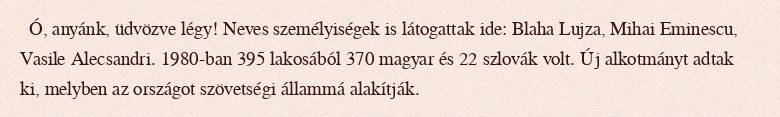
Ó, anyánk, üdvözve légy! Neves személyiségek is látogattak ide: Blaha Lujza, Mihai Eminescu, Vasile Alecsandri. 1980-ban 395 lakosából 370 magyar és 22 szlovák volt. Új alkotmányt adtak ki, melyben az országot szövetségi állammá alakítják.